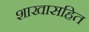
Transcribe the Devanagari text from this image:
शाखासहित